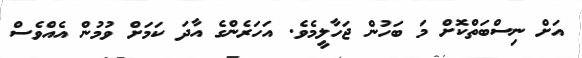
އަށް ނިސްބަތްކޮށް މަ ބަހުން ޖަހާލީމެވެ. އަހަރެންގެ އާދަ ކަމަށް ވުމުން އެއްވެސް